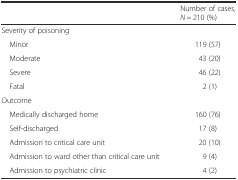
<table><thead><tr><td></td><td><b>Number of cases, <i>N</i> = 210 (%)</b></td></tr></thead><tbody><tr><td colspan="2">Severity of poisoning</td></tr><tr><td> Minor</td><td>119 (57)</td></tr><tr><td> Moderate</td><td>43 (20)</td></tr><tr><td> Severe</td><td>46 (22)</td></tr><tr><td> Fatal</td><td>2 (1)</td></tr><tr><td colspan="2">Outcome</td></tr><tr><td> Medically discharged home</td><td>160 (76)</td></tr><tr><td> Self-discharged</td><td>17 (8)</td></tr><tr><td> Admission to critical care unit</td><td>20 (10)</td></tr><tr><td> Admission to ward other than critical care unit</td><td>9 (4)</td></tr><tr><td> Admission to psychiatric clinic</td><td>4 (2)</td></tr></tbody></table>